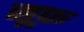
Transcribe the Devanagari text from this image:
सूफ़